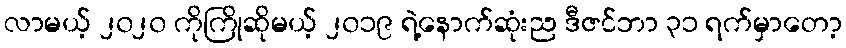
လာမယ့် ၂၀၂၀ ကိုကြိုဆိုမယ့် ၂၀၁၉ ရဲ့နောက်ဆုံးည ဒီဇင်ဘာ ၃၁ ရက်မှာတော့